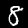
Digit: 8